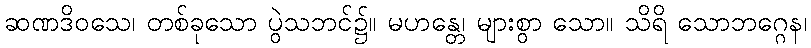
ဆဏဒိဝသေ၊ တစ်ခုသော ပွဲသဘင်၌။ မဟန္တေ၊ များစွာ သော။ သိရိ သောဘဂ္ဂေန၊